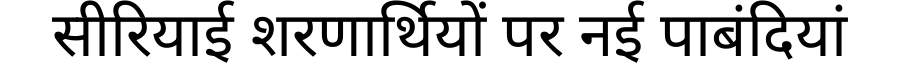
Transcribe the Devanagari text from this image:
सीरियाई शरणार्थियों पर नई पाबंदियां